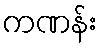
ကဏန်း